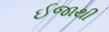
ઈજાથી